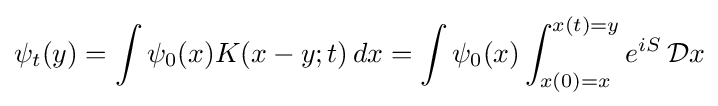
\psi _{t}(y)=\int \psi _{0}(x)K(x-y;t)\,dx=\int \psi _{0}(x)\int _{x(0)=x}^{x(t)=y}e^{iS}\,{\mathcal {D}}x